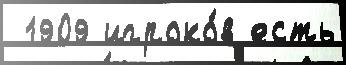
 1909 игроко́в есть